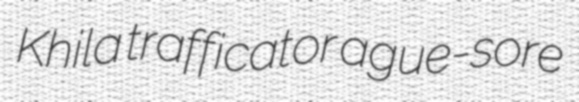
Khila trafficator ague-sore